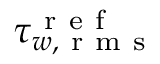
\tau _ { w , \mathrm { ~ r ~ m ~ s ~ } } ^ { \mathrm { ~ r ~ e ~ f ~ } }